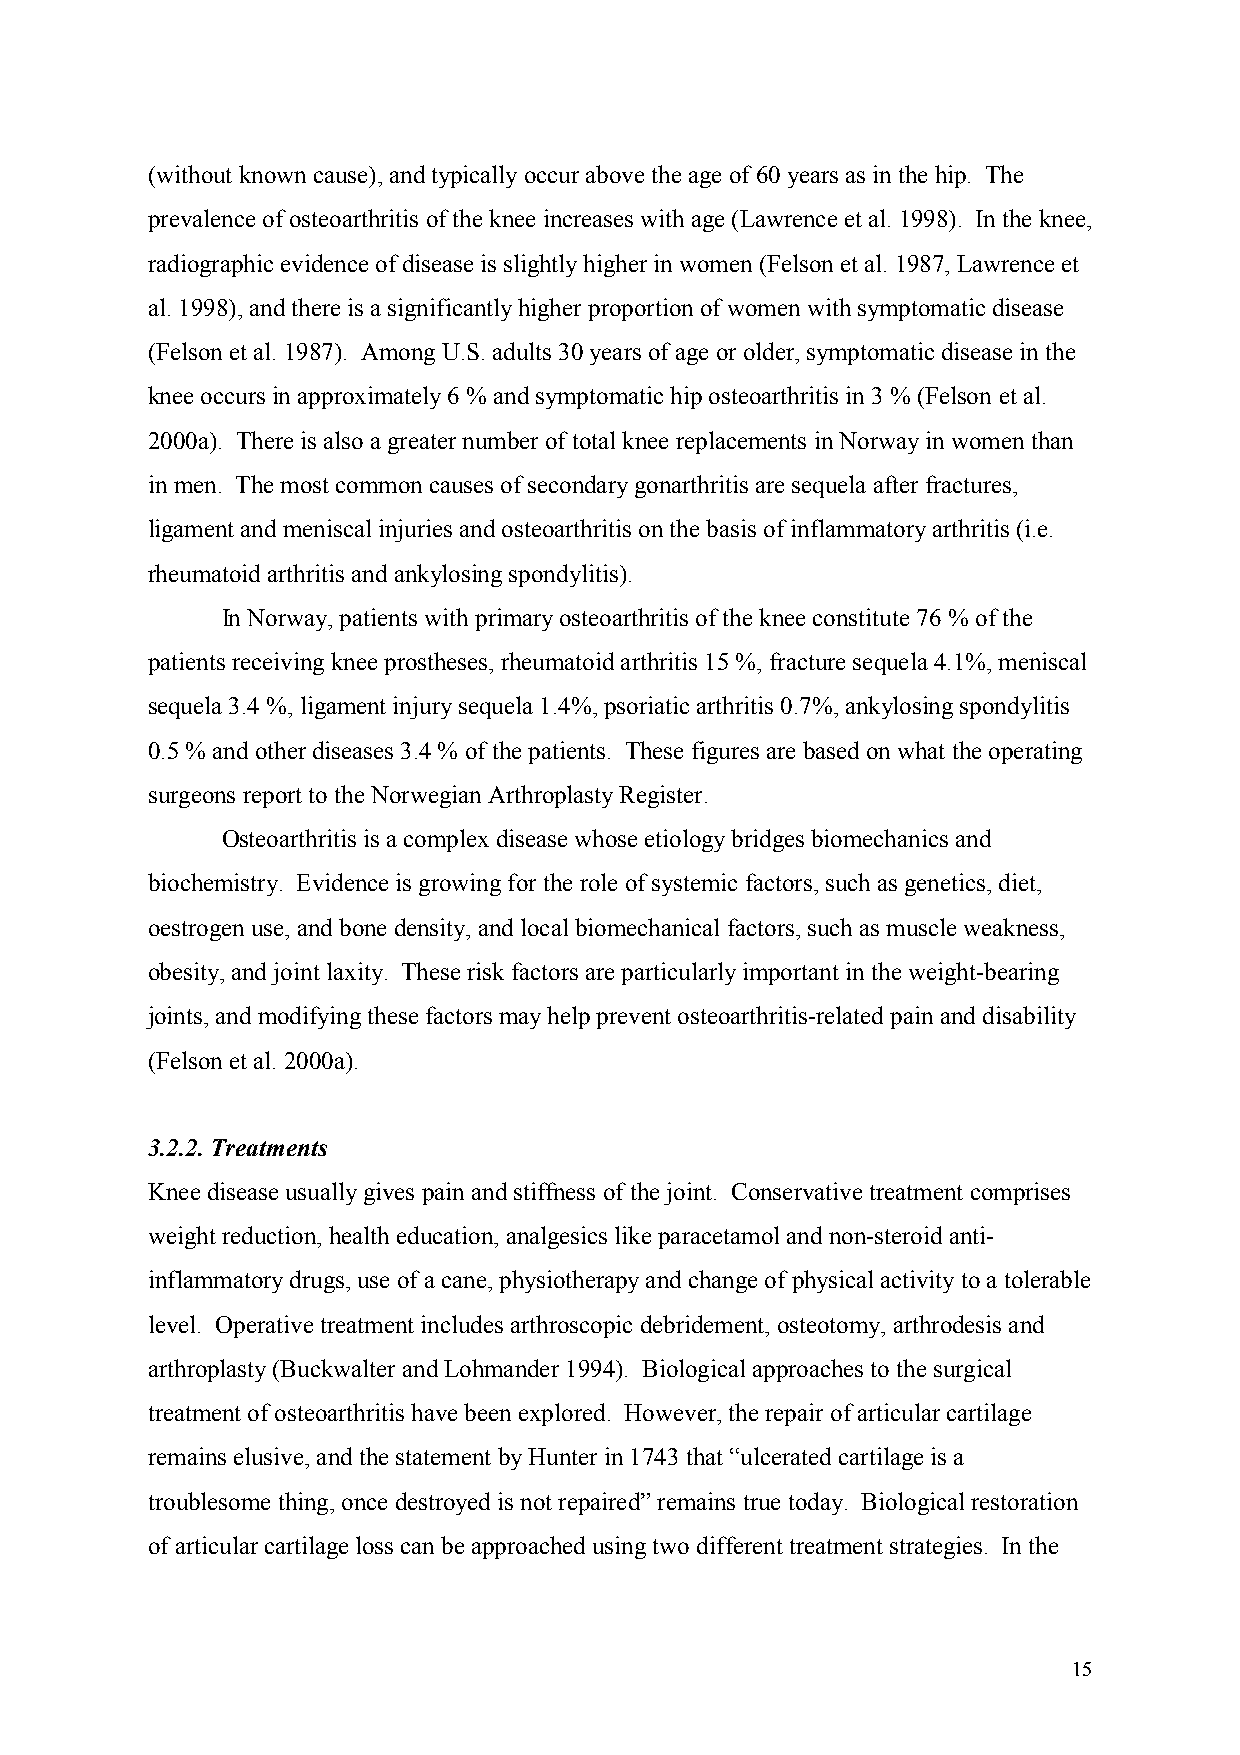
(without known cause), and typically occur above the age of 60 years as in the hip. The
 prevalence of osteoarthritis of the knee increases with age (Lawrence et al. 1998). In the knee,
 radiographic evidence of disease is slightly higher in women (Felson et al. 1987, Lawrence et
 al. 1998), and there is a significantly higher proportion of women with symptomatic disease
 (Felson et al. 1987). Among U.S. adults 30 years of age or older, symptomatic disease in the
 knee occurs in approximately 6 % and symptomatic hip osteoarthritis in 3 % (Felson et al.
 2000a). There is also a greater number of total knee replacements in Norway in women than
 in men. The most common causes of secondary gonarthritis are sequela after fractures,
 ligament and meniscal injuries and osteoarthritis on the basis of inflammatory arthritis (i.e.
 rheumatoid arthritis and ankylosing spondylitis).
 In Norway, patients with primary osteoarthritis of the knee constitute 76 % of the
 patients receiving knee prostheses, rheumatoid arthritis 15 %, fracture sequela 4.1%, meniscal
 sequela 3.4 %, ligament injury sequela 1.4%, psoriatic arthritis 0.7%, ankylosing spondylitis
 0.5 % and other diseases 3.4 % of the patients. These figures are based on what the operating
 surgeons report to the Norwegian Arthroplasty Register.
 Osteoarthritis is a complex disease whose etiology bridges biomechanics and
 biochemistry. Evidence is growing for the role of systemic factors, such as genetics, diet,
 oestrogen use, and bone density, and local biomechanical factors, such as muscle weakness,
 obesity, and joint laxity. These risk factors are particularly important in the weight-bearing
 joints, and modifying these factors may help prevent osteoarthritis-related pain and disability
 (Felson et al. 2000a).
 3.2.2. Treatments
 Knee disease usually gives pain and stiffness of the joint. Conservative treatment comprises
 weight reduction, health education, analgesics like paracetamol and non-steroid anti-
 inflammatory drugs, use of a cane, physiotherapy and change of physical activity to a tolerable
 level. Operative treatment includes arthroscopic debridement, osteotomy, arthrodesis and
 arthroplasty (Buckwalter and Lohmander 1994). Biological approaches to the surgical
 treatment of osteoarthritis have been explored. However, the repair of articular cartilage
 remains elusive, and the statement by Hunter in 1743 that “ulcerated cartilage is a
 troublesome thing, once destroyed is not repaired” remains true today. Biological restoration
 of articular cartilage loss can be approached using two different treatment strategies. In the
 15